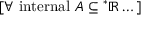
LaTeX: [ \forall { \mathrm { ~ i n t e r n a l ~ } } A \subseteq { ^ { * } \mathbb { R } } \dots ]